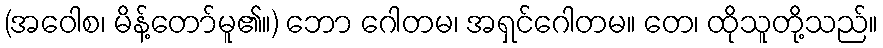
(အဝေါစ၊ မိန့်တော်မူ၏။) ဘော ဂေါတမ၊ အရှင်ဂေါတမ။ တေ၊ ထိုသူတို့သည်။